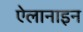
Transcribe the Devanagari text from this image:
ऐलानाइन